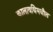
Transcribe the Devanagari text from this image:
कालावधिमधील